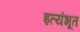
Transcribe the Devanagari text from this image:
इत्यंभूत